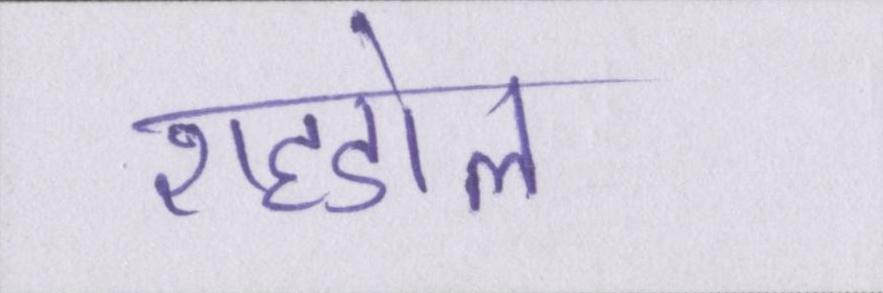
शहडोल